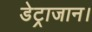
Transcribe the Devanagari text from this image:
डेट्राजान।